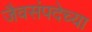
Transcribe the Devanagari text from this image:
जैवसंपदेच्या